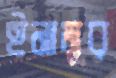
ইনামুর